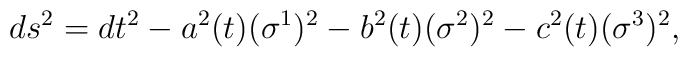
ds^2=dt^2-a^2(t)(\sigma ^1)^2-b^2(t)(\sigma ^2)^2-c^2(t)(\sigma ^3)^2,